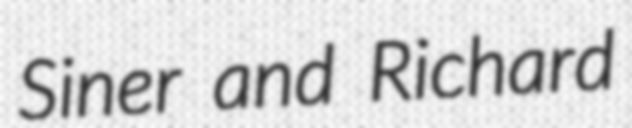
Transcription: Siner and Richard